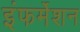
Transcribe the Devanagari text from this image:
इंफर्मेशन